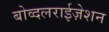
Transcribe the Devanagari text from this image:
बोव्दलराईज़ेशन